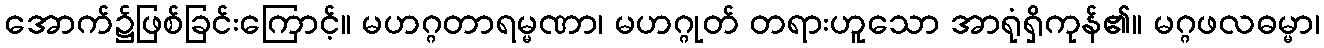
အောက်၌ဖြစ်ခြင်းကြောင့်။ မဟဂ္ဂတာရမ္မဏာ၊ မဟဂ္ဂုတ် တရားဟူသော အာရုံရှိကုန်၏။ မဂ္ဂဖလဓမ္မာ၊